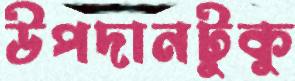
উপদানটুকু